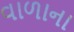
વાળાના